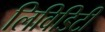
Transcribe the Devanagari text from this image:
लिविडिटी